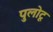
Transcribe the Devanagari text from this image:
पुलोटू